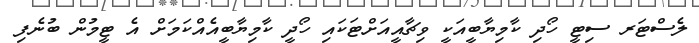
ލެސްޓަރ ސިޓީ ހޯދި ކާމިޔާބީއަކީ ވިޗާއީއަށްޓަކައި ހޯދީ ކާމިޔާބީއެއްކަމަށް އެ ޓީމުން ބުނެފި